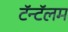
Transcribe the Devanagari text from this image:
टॅन्टॅलम